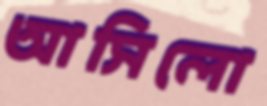
আসিলো